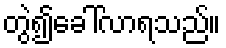
တွဲ၍ခေါ်လာရသည်။